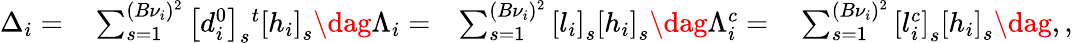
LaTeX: \begin{array}{rlrl}{\Delta_{i}=}&{{}\sum_{s=1}^{(B{\nu}_{i})^{2}}\left[d_{i}^{0}\right]_{s}{}^{t}\left[h_{i}\right]_{s}\dag\Lambda_{i}=}&{\sum_{s=1}^{(B{\nu}_{i})^{2}}\left[l_{i}\right]_{s}\left[h_{i}\right]_{s}\dag\Lambda_{i}^{c}=}&{{}\sum_{s=1}^{(B{\nu}_{i})^{2}}\left[l_{i}^{c}\right]_{s}\left[h_{i}\right]_{s}\dag,,}\end{array}